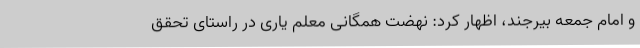
و امام جمعه بیرجند، اظهار کرد: نهضت همگانی معلم یاری در راستای تحقق